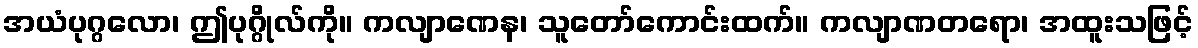
အယံပုဂ္ဂလော၊ ဤပုဂ္ဂိုလ်ကို။ ကလျာဏေန၊ သူတော်ကောင်းထက်။ ကလျာဏတရော၊ အထူးသဖြင့်